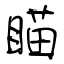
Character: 瞄